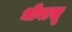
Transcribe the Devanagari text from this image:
भीवासू